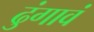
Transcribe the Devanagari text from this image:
ढुंगावं